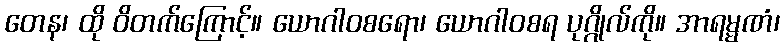
တေန၊ ထို ဝိတက်ကြောင့်။ ယောဂါဝစရော၊ ယောဂါဝစရ ပုဂ္ဂိုလ်ကို။ အာရမ္မဏံ၊